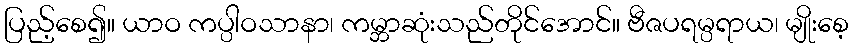
ပြည့်စေ၍။ ယာဝ ကပ္ပါဝသာနာ၊ ကမ္ဘာဆုံးသည်တိုင်အောင်။ ဗီဇပရမ္ပရာယ၊ မျိုးစေ့